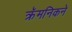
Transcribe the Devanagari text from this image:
क्रॅमनिकने